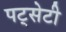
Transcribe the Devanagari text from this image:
पट्सेटी